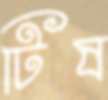
টিষ